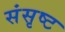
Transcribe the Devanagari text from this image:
संसृष्ट